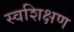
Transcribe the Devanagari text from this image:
स्वशिक्षण